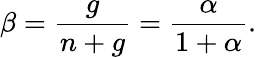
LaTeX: \beta=\frac{g}{n+g}=\frac{\alpha}{1+\alpha}.